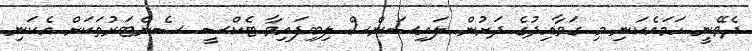
ދެވޭނީ ހަމައެކަނި މި ގަވާއިދުގެ ދަށުން ލައިސަންސް ލިބިފައިވާ ޓެކްސީ ސެންޓަރުތަކަށް އެކަނި